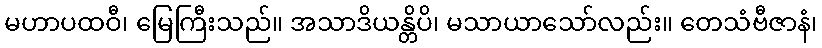
မဟာပထဝီ၊ မြေကြီးသည်။ အသာဒိယန္တိပိ၊ မသာယာသော်လည်း။ တေသံဗီဇာနံ၊